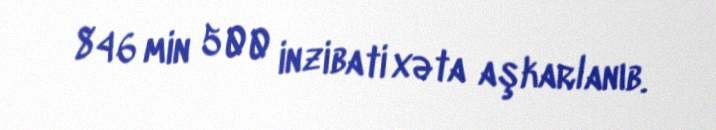
846 min 500 inzibati xəta aşkarlanıb.